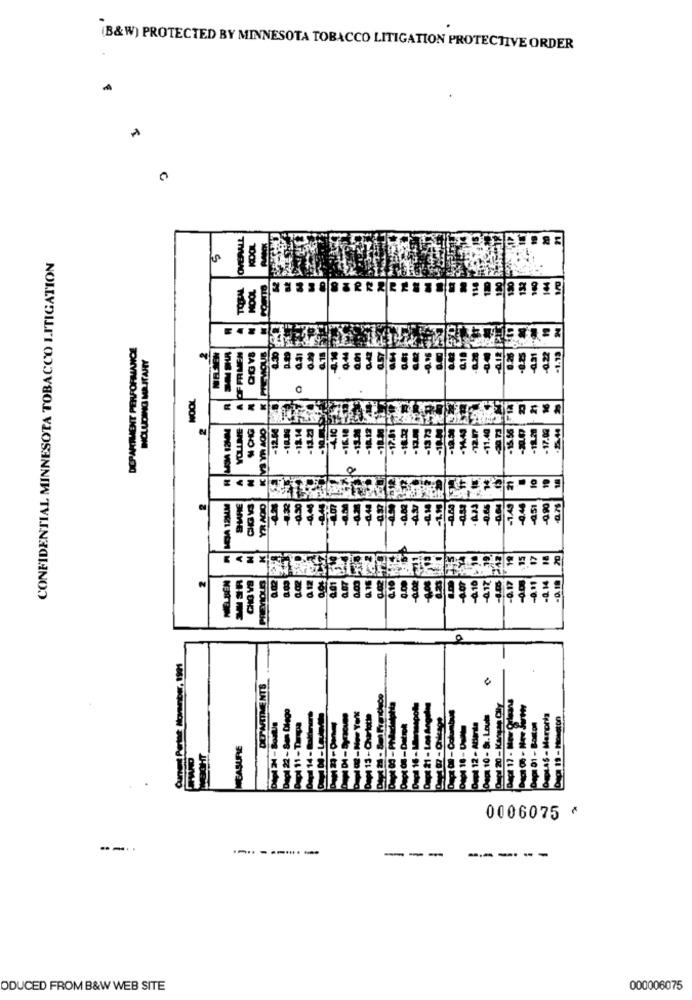
(B&W) PROTECTED BY MINNESOTA TOBACCO LITIGATION PROTECTIVE ORDER
CONFIDENTIAL MINNESOTA TOBACCO LITIGATION
DEPARTMENT PERFORMANCE
OGYS
TOON
CHO
MEASURE
0006075 ^
--.
--------
---
----
ODUCED FROM B&W WEB SITE
000006075